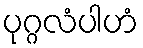
ပုဂ္ဂလံပါဟံ